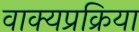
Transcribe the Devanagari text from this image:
वाक्यप्रक्रिया